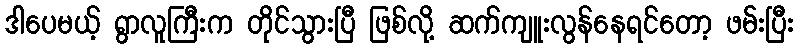
ဒါပေမယ့် ရွာလူကြီးက တိုင်သွားပြီ ဖြစ်လို့ ဆက်ကျူးလွန်နေရင်တော့ ဖမ်းပြီး